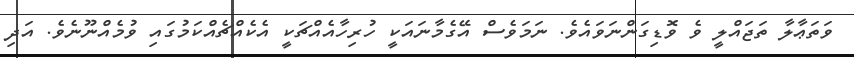
ވަތަޢާލާ ތަޖައްލީ ވެ ވޮޑިގަންނަވައެވެ. ނަމަވެސް އޭގެމާނައަކީ ހުރިހާއެއްޗަކީ އެކެއްޗެއްކަމުގައި ވުމެއްނޫނެވެ. އަދި